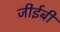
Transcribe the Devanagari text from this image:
जीईबी